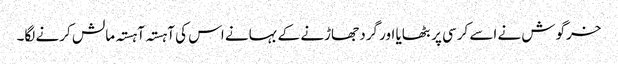
خرگوش نے اسے کرسی پر بٹھایا اور گرد جھاڑنے کے بہانے اس کی آہستہ آہستہ مالش کرنے لگا۔